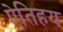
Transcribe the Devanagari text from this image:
ऐतिहय